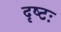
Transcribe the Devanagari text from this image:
दृष्टः